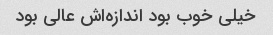
خیلی خوب بود اندازه‌اش عالی بود